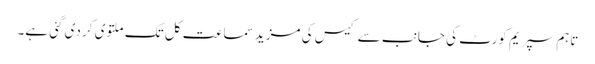
تاہم سپریم کورٹ کی جانب سے کیس کی مزید سماعت کل تک ملتوی کر دی گئی ہے۔